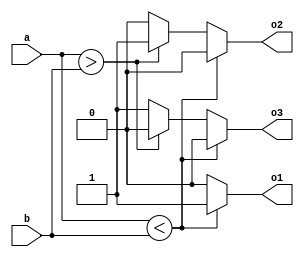
module fourBitMagnitudeComparatorBehavioral(
    input [3:0] a,
    input [3:0] b,
    output o1, o2, o3
);

    always @(*)
    begin
        if (a < b) begin
            o1 = 1'b1;
            o2 = 1'b0;
            o3 = 1'b0;
        end else if (a > b) begin
            o1 = 1'b0;
            o2 = 1'b1;
            o3 = 1'b0;
        end else begin
            o1 = 1'b0;
            o2 = 1'b0;
            o3 = 1'b1;
        end
    end

endmodule